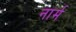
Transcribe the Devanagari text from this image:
नार्म